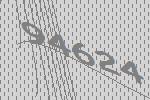
94624